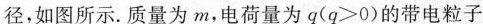
径，如图所示。质量为m，电荷量为q($$q ≥ 0$$)的带电粒子